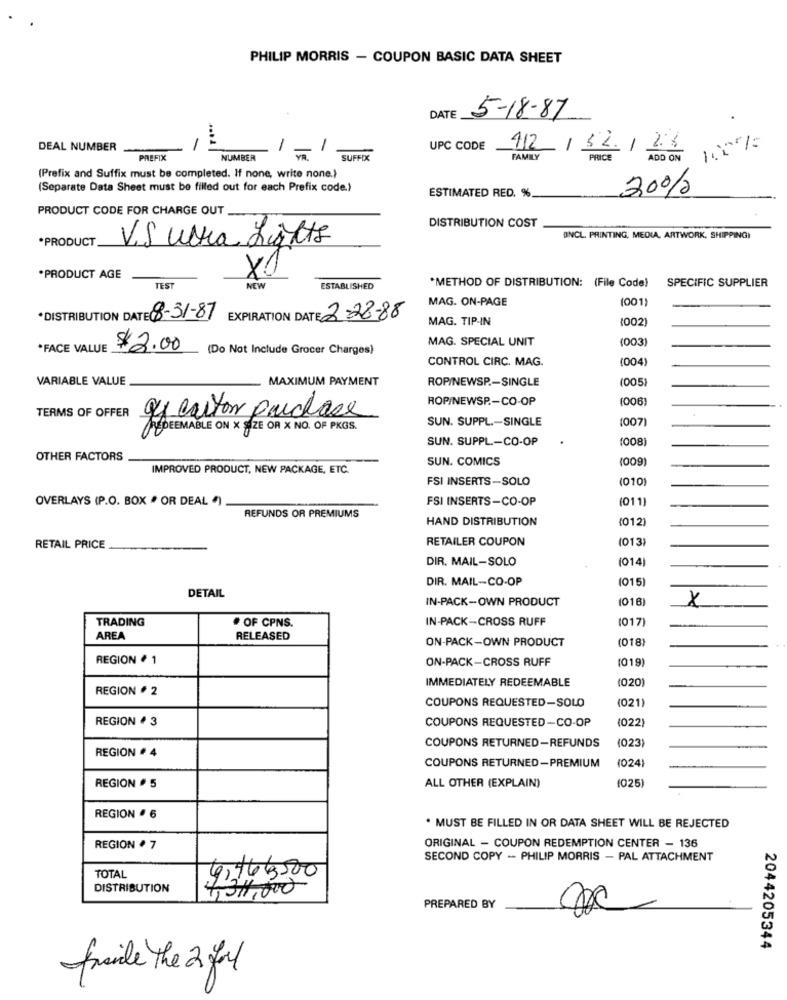
PHILIP MORRIS - COUPON BASIC DATA SHEET
DATE
5-18-87
DEAL NUMBER
1
-
UPC CODE 112/12/2.8
PREFIX
NUMBER
SUFFIX
FAMILY
PRICE
ADD ON
(Prefix and Suffix must be completed. If none, write none.}
(Separate Data Sheet must be filled out for each Prefix code.)
ESTIMATED RED. %
30%
PRODUCT CODE FOR CHARGE OUT
DISTRIBUTION COST
*PRODUCT
V.S ura Lights
INCL. PRINTING, MEDIA, ARTWORK, SHIPPING)
X1
.PRODUCT AGE
*METHOD OF DISTRIBUTION: (File Code)
SPECIFIC SUPPLIER
TEST
NEW
ESTABLISHED
MAG. ON-PAGE
(001)
*DISTRIBUTION DATE 8-31-87
EXPIRATION DATE 2-28-88
MAG. TIP-IN
(002)
MAG. SPECIAL UNIT
(003
*FACE VALUE
$2.00
(Do Not Include Grocer Charges)
CONTROL CIRC. MAG.
(004
VARIABLE VALUE
MAXIMUM PAYMENT
ROP/NEWSP .- SINGLE
(005)
ROP/NEWSP .- CO-OP
(006)
TERMS OF OFFER
gy carton purchase
SUN. SUPPL .- SINGLE
(007)
DEEMABLE ON X SIZE OR X NO. OF PKGS.
SUN. SUPPL-CO-OP
(008)
OTHER FACTORS
SUN. COMICS
(009
IMPROVED PRODUCT, NEW PACKAGE, ETC.
FSI INSERTS -SOLO
(010)
OVERLAYS (P.O. BOX · OR DEAL )
FSI INSERTS-CO-OP
(011)
REFUNDS OR PREMIUMS
HAND DISTRIBUTION
(012)
RETAILER COUPON
(013)
RETAIL PRICE
DIR. MAIL-SOLO
(014)
DIR. MAIL-CO-OP
(015
DETAIL
IN-PACK-OWN PRODUCT
(016)
X
TRADING
# OF CPNS.
IN-PACK-CROSS RUFF
(017)
AREA
RELEASED
ON-PACK-OWN PRODUCT
(018)
REGION # 1
ON-PACK-CROSS RUFF
(019)
IMMEDIATELY REDEEMABLE
(020)
REGION 2
COUPONS REQUESTED-SOLO
(021)
REGION # 3
COUPONS REQUESTED-CO-OP
(022)
(023)
COUPONS RETURNED-REFUNDS
REGION # 4
(024)
COUPONS RETURNED-PREMIUM
1025
REGION · 5
ALL OTHER (EXPLAIN)
REGION . 6
. MUST BE FILLED IN OR DATA SHEET WILL BE REJECTED
REGION # 7
ORIGINAL - COUPON REDEMPTION CENTER - 136
SECOND COPY -- PHILIP MORRIS - PAL ATTACHMENT
TOTAL
9,76 3500
DISTRIBUTION
34.000
4,31
PREPARED BY
2044205344
fraile The 2 fal